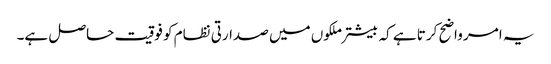
یہ امر واضح کرتا ہے کہ بیشتر ملکوں میں صدارتی نظام کو فوقیت حاصل ہے۔